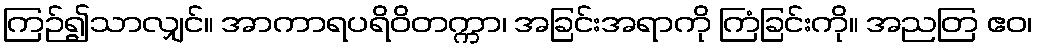
ကြဉ်၍သာလျှင်။ အာကာရပရိဝိတက္ကာ၊ အခြင်းအရာကို ကြံခြင်းကို။ အညတြ ဧဝ၊